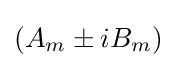
(A_{m}\pm iB_{m})